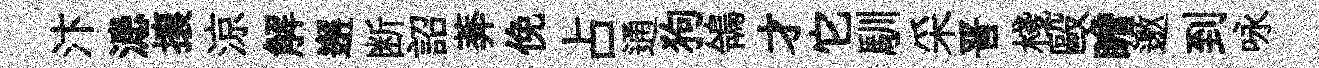
汴漶攘涼解邂断詔莾俛占通狗鴒才它馴采晋棧毆瞻邀到咏